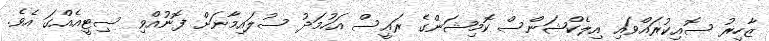
ޒާހިރު ސޮއިކުރައްވައި އިލެކްޝަންސް ކޮމިޝަންގެ ރައީސް އަހުމަދު ސުލައިމާނަށް ފޮނުއްވި ސިޓީއެއްގަ އެވެ.